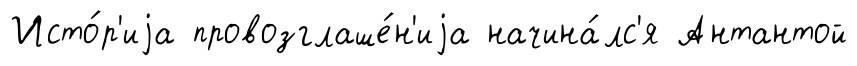
Исто́р'иjа провозглаше́н'иjа начина́лс'я Антантой